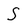
Character: S